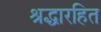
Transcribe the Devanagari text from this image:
श्रद्धारहित